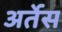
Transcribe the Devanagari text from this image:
अर्तेस